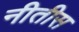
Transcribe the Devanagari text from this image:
नीतीस